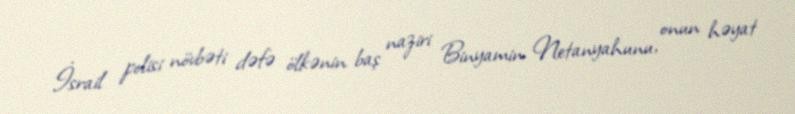
İsrail polisi növbəti dəfə ölkənin baş naziri Binyamin Netanyahunu, onun həyat